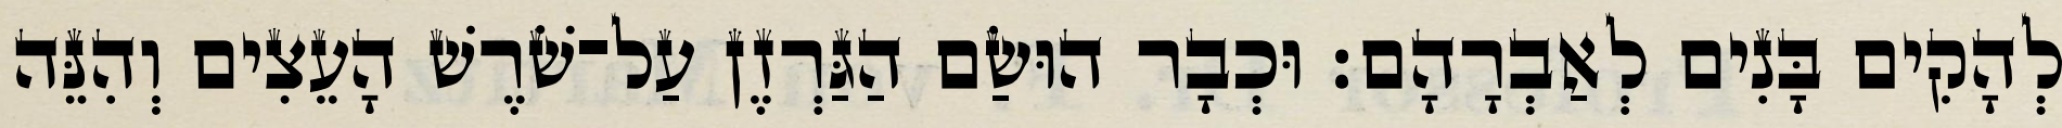
לְהָקִים בָּנִים לְאַבְרָהָם׃ וּכְבָר הוּשַׂם הַגַּרְזֶן עַל־שֹׁרֶשׁ הָעֵצִים וְהִנֵּה